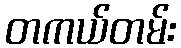
တကယ်တမ်း